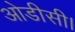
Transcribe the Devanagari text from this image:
ओडीसी।